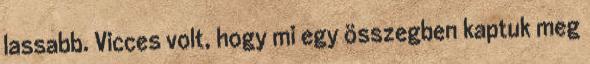
lassabb. Vicces volt, hogy mi egy összegben kaptuk meg